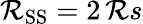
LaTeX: \mathcal{R}_{\mathrm{{SS}}}=2\, \mathcal{R}s